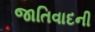
જાતિવાદની